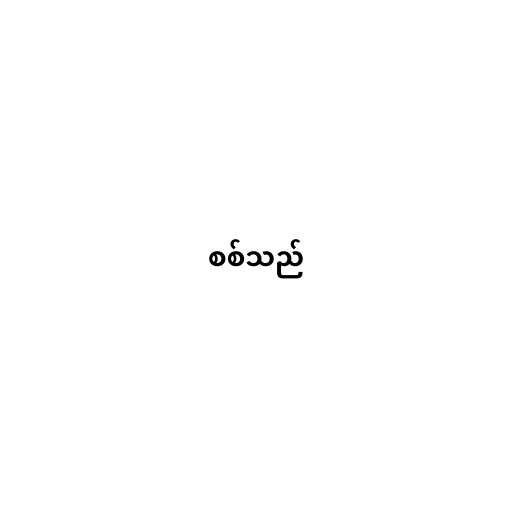
စစ်သည်